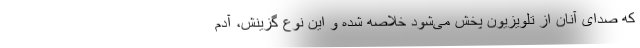
که صدای آنان از تلویزیون پخش می‌شود خلاصه شده و این نوع گزینش، آدم